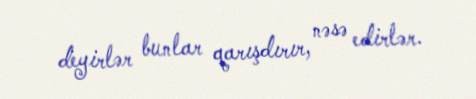
deyirlər bunlar qarışdırır, nəsə edirlər.